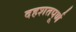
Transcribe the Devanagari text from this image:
दहशतपूर्ण